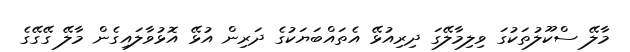
މާލޭ ސްކޫލުތަކުގަ ވިލިމާލޭގަ ދިރިއުޅޭ އެތައްބަޔަކުގެ ދަރިން އުޅޭ އޮޅުވާލައިގެން މާލޭ ގޭގޭގެ